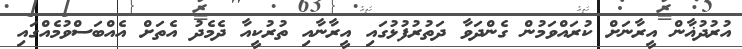
އުރުދުޣާން އީރާނަށް ކުރައްވަމުން ގެންދަވާ ދަތުރުފުޅުގައި އީރާނާއި ތުރުކީއާ ދެމެދު އެތަށް އެއްބަސްވުމެއްގައި